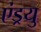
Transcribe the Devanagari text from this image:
एंड्रयु